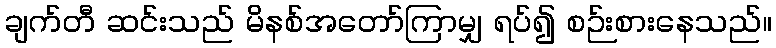
ချက်တီ ဆင်းသည် မိနစ်အတော်ကြာမျှ ရပ်၍ စဉ်းစားနေသည်။